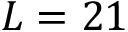
L = 2 1